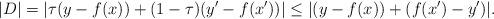
LaTeX: \begin{align*} |D| = |\tau(y - f(x)) + (1-\tau)(y' - f(x'))|\leq |(y - f(x)) + (f(x') - y')|.\end{align*}